Civil Veterinary Department Bihar & Orissa reports 1929-36 - 1929-1936
Year: 1929
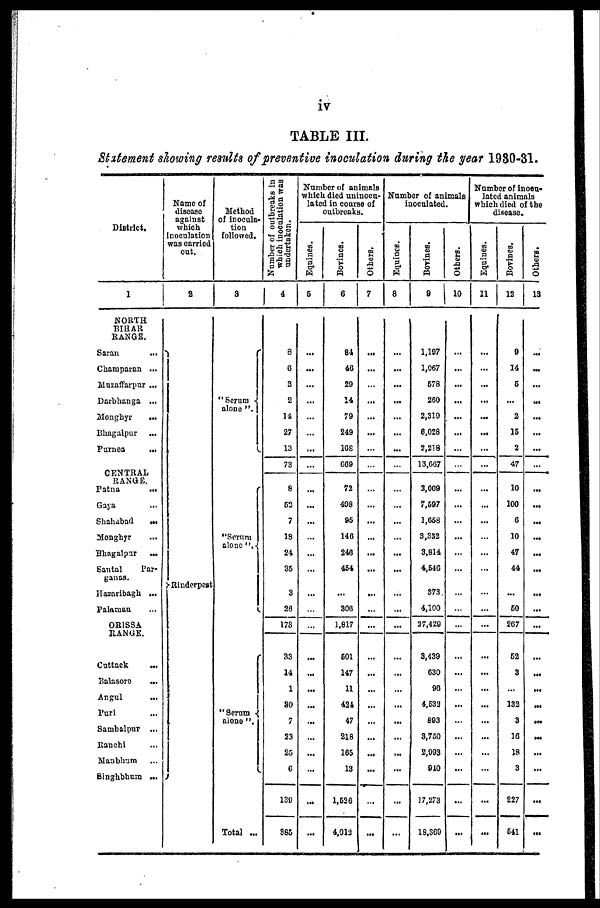
iv
TABLE III.
Statement showing results of preventive inoculation during the year 1930-31.
District.
1
NORTH
BIHAR
RANGE.
Saran ...
Champaran ...
Huzaffarpur ...
Davbhanga ...
Monghyr
...
Bhagalpur ...
Purnea
...
CENTRAL
RANGE.
Patna ...
Gaya ...
Shahabad ...
Monghyr
Bhagalpar
...
Santal
Par-
ganas.
Hazaribagh ...
Palamau ...
ORISSA
RANGE.
Cuttack ...
Balasore ...
Angul ...
Puri ...
Sambalpur ...
Ranchi ...
Manbhum ...
Singhbhum ...
Name of
disease
against
which
inoculation
was carried
out.
2
Rinderpest
Method
of inocula-
tion
followed.
3
"Serum -
alone ".
"Serum
alone "
"Serum
alone "
Total ...
Number of outbreaks in
which inoculation was
undertaken.
4
8
6
3
2
14
27
13
73
8
52
7
18
24
35
3
26
173
33
14
1
30
7
23
25
6
130
385
Number of animals
which died uninocu-
lated in coarse of
outbreaks.
Equines.
5
...
...
...
...
...
...
...
...
...
...
...
...
...
...
...
...
...
...
...
...
...
...
...
...
...
...
...
Bovines.
6
84
46
29
14
79
249
168
669
72
408
95
146
246
454
...
306
1,817
501
147
11
424
47
218
165
13
1,526
4,012
Others.
7
...
...
...
...
...
...
...
...
...
...
...
...
...
...
...
...
...
...
...
...
...
...
...
...
...
...
...
Number of animals
inoculated.
Equines.
8
...
...
...
...
...
...
...
...
...
...
...
...
...
...
...
...
...
...
...
...
...
...
...
...
...
...
...
Bovines.
9
1,197
1,067
578
260
2,319
6,028
2,218
13,667
2,009
7,597
1,658
3,332
3,814
4,546
373
4,100
27,429
3,439
630
96
4,532
893
3,750
2,993
940
17,273
18,369
Others.
10
...
...
...
...
...
...
...
...
...
...
...
...
...
...
...
...
...
...
...
...
...
...
...
...
...
...
...
Number of inocu«
lated animals
which died of the
disease.
Equines.
11
...
...
...
...
...
...
...
...
...
...
...
...
...
...
...
...
...
...
...
...
...
...
...
...
...
...
...
Bovines.
12
9
14
5
...
2
15
2
47
10
100
6
10
47
44
...
50
267
52
3
...
132
3
16
18
3
227
641
Others.
13
...
...
...
...
...
...
...
...
...
...
...
...
...
...
...
...
...
...
...
...
...
...
...
...
...
...
...